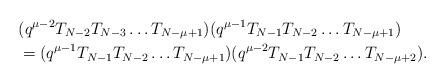
LaTeX: \begin{align*} &(q^{\mu-2} T_{N-2} T_{N-3} \dots T_{N-\mu +1}) (q^{\mu -1} T_{N-1} T_{N-2} \dots T_{N-\mu+1}) \\&= (q^{\mu -1} T_{N-1} T_{N-2} \dots T_{N-\mu+1}) (q^{\mu-2} T_{N-1} T_{N-2} \dots T_{N-\mu +2}). \end{align*}